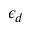
\epsilon _ { d }